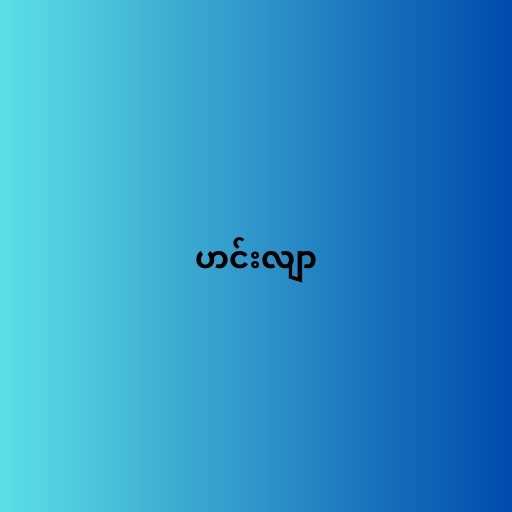
ဟင်းလျာ